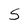
Character: S